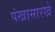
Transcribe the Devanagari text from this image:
पंखासारखे